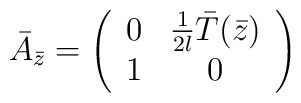
\bar A_{\bar z} = \left( \begin{array}{cc}   0 &  {1 \over 2l} \bar T(\bar z)  \\                           1 &  0   \end{array} \right)